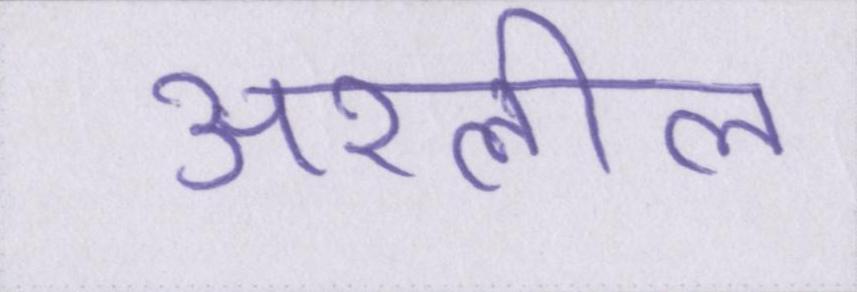
अश्लील